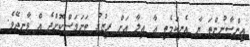
އިންސާނުންތަ ޔާ އެނިކަމެތި ޢާ އިލާ އަށް ރިޒުޤު ތަނަވަސްކޮށްދެ އް ވާނދޭވެ.